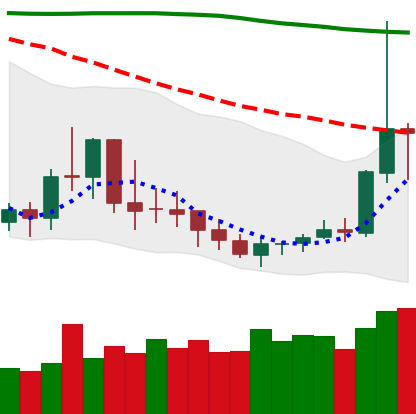
Ticker: DOGE-USD
Chart end date: 2019-09-19
Forward return: -17.756%
Label: down_7plus